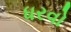
ધરવો